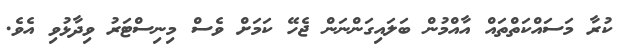
ކުރާ މަސައްކަތްތައް އާއްމުން ބަލައިގަންނަން ޖެހޭ ކަމަށް ވެސް މިނިސްޓަރު ވިދާޅުވި އެވެ.